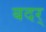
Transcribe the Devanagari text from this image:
बदर्